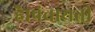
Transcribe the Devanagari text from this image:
है।पंचायती